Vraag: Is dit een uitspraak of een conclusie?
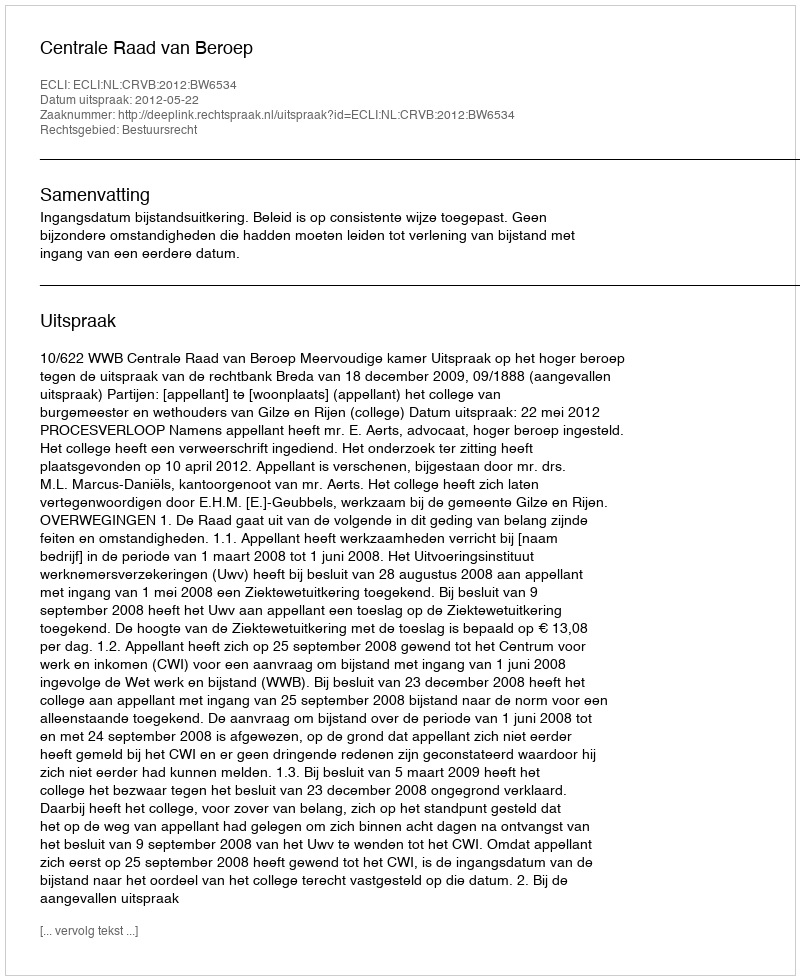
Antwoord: Uitspraak